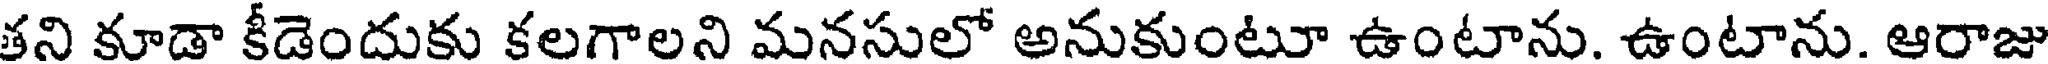
తని కూడా కీడెందుకు కలగాలని మనసులో అనుకుంటూ ఉంటాను. ఉంటాను. ఆరాజు